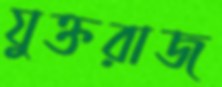
যুক্তরাজ